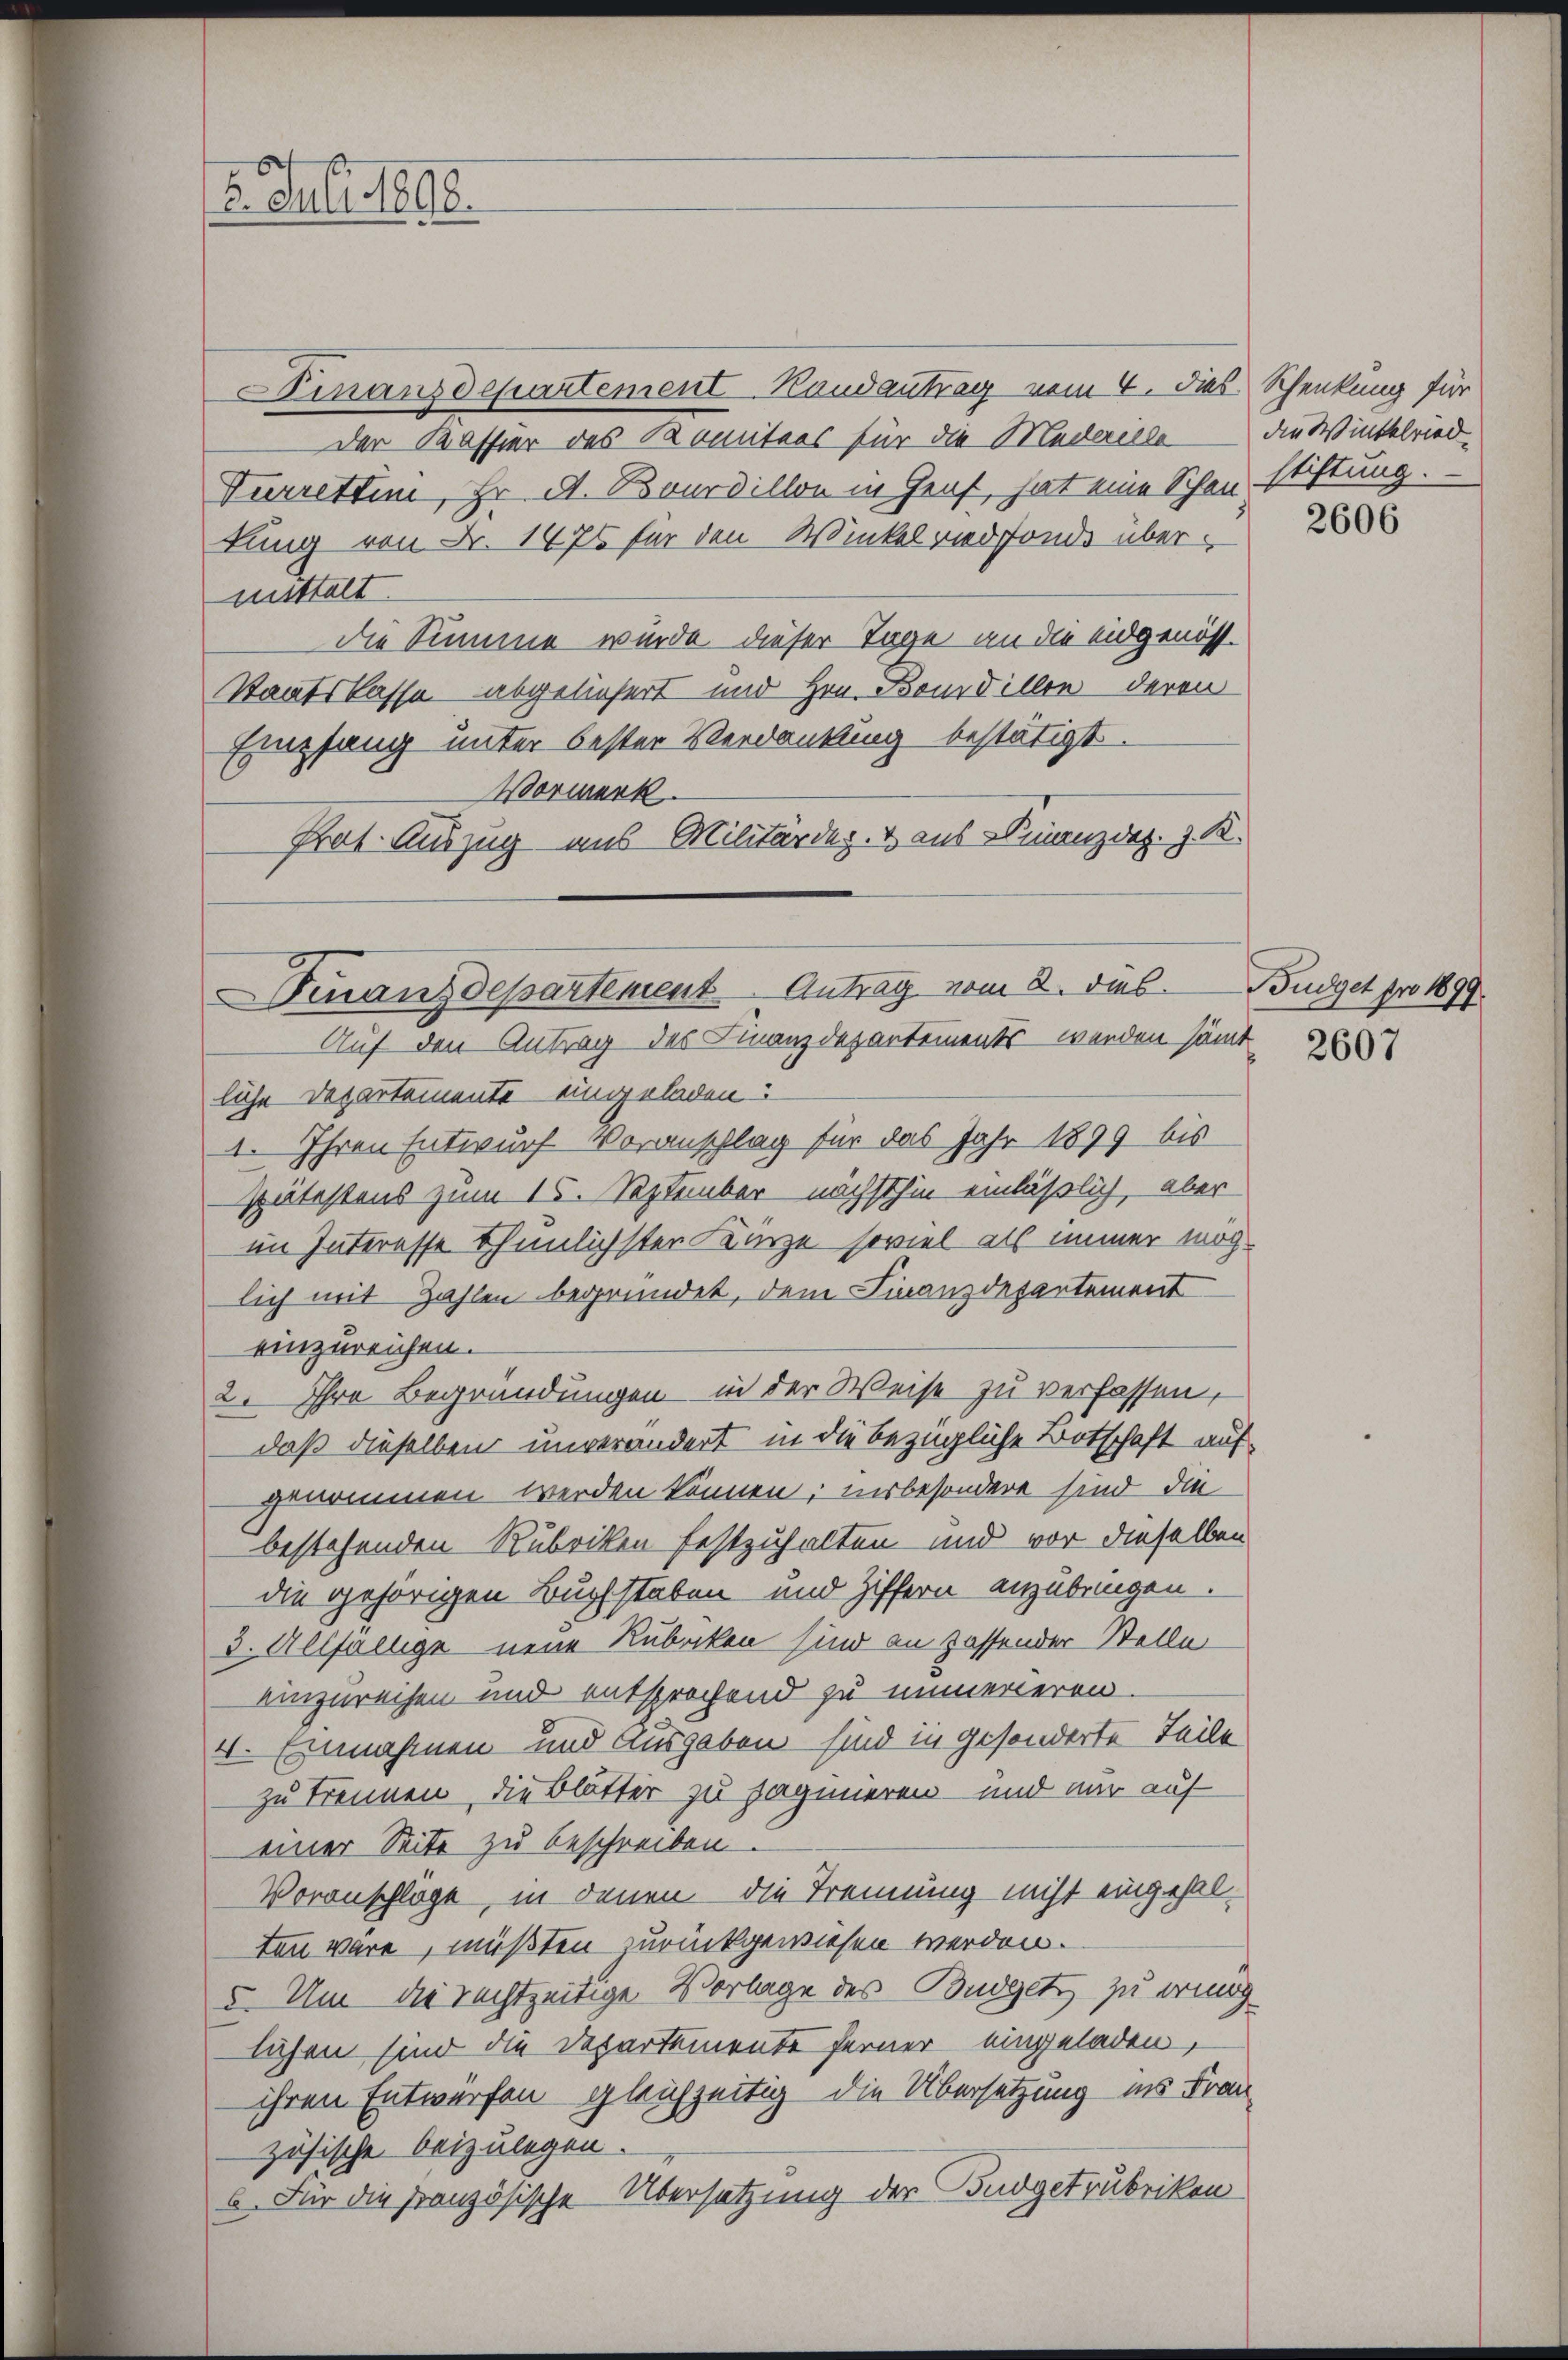
5. Juli 1890.

Finanzdepartement Handantrag vom 4. dies Schenkung für
der Kassier des Komitees für die Medaille
Turrettin, Hr. A. Bourdillon in Genf, hat eine Schon stiftung.
kung von Fr. 1476 für den Winkelried fonde übermittelt.
die Summe wurde dieser Tage an die eidgenöss.
Staatskasse abgeliefert und Hrn. Bourdillen deren
Empfang unter bester Verdankung bestätigt.
Vormerk.
Prat. Auszug aus Militärdep. & aus Finanzdez. z. R.

Finanzdepartement Antrag vom 8. dies

die Winkelried.

Auf den Antrag des Finanzdepartements werden sämt
liche Departemente eingeladen
1. Ihren Entwurf Voranschlag für das Jahr 1899 bis
Spätestens zum 15. September nächsthin einläßlich, aber
im Interesse thunlichsten Kürze soviel als immer möchlich mit Zahlen begründet, dem Finanzdepartement
einzureichen.
2. Ihre Begründungen in der Weise zu verfassen,
daß dieselben unverändert in die bezügliche Botschaft aufgenommen werden können; insbesondere sind die
bestehenden Rubriken festzuhalten und vor dieselben
die gehörigen Buchstaben und Ziffern anzubringen.
3. Allfällige neue Rubecken sind an passender Stelle
einzureihen und entsprochend zu numerieren.
4. Einnahmen und Ausgaben sind in gesonderte Teile
zu trennen, die Blätter zu jaginieren und nur auf
einer Seite zu beschreiben.
Voranschläge, in denen die Trennung nicht eingehalten wäre, müßten zurückgewiesen werden.
5. Um die rechtzeitige Vorlage des Budgets zu ering
lächen sind die Departemente ferner eingeladen,
ihren Entwürfen gleichzeitig die Übersetzung ins Frau
zösische beizulegen.
6. Für die französische Übersetzung der Budgetrubriken

2606

Büdget pro 1899.

2607